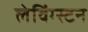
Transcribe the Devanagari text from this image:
लेविंग्स्टन